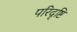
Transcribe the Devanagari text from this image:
परिदृष्टि